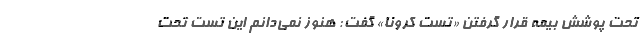
تحت پوشش بیمه قرار گرفتن «تست کرونا» گفت: هنوز نمی‌دانم این تست تحت